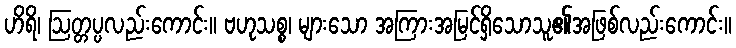
ဟိရိ၊ ဩတ္တပ္ပလည်းကောင်း။ ဗဟုသစ္စ၊ များသော အကြားအမြင်ရှိသောသူ၏အဖြစ်လည်းကောင်း။